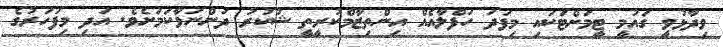
ވިދާޅުވީ ގައުމީ ޓީމަށްޓަކައި މިފަދަ ހަފްލާއެއް އިންތިޒާމްކުރީތީ ޝުކުރު ދަންނަވާކަމަށެވެ. އަދި މިފަހަރުގެ